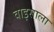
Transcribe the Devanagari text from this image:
वाइसाला